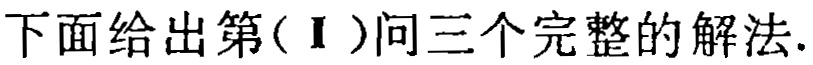
下面给出第(Ⅰ)问三个完整的解法.